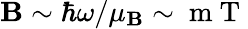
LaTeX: \mathbf{B}\sim\hbar\omega/\mu_{\mathbf{B}}\sim\mathrm{{~m~T~}}